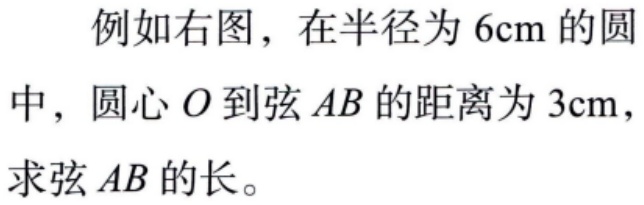
例如右图，在半径为\(6\mathrm{cm}\)的圆中，圆心\(O\)到弦\(AB\)的距离为\(3\mathrm{cm}\)，求弦\(AB\)的长。